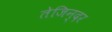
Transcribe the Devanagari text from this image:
तेजिन्दर